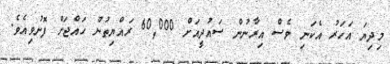
މިދިޔަ އަހަރު އެކަނި ވެސް އިރާނުން ސައުދީއަށް 60